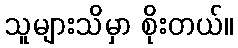
သူများသိမှာ စိုးတယ်။